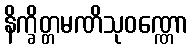
နိက္ခိတ္တမဏိသုဝဏ္ဏော